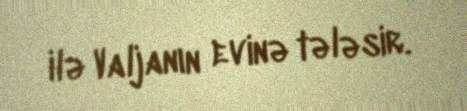
ilə Valjanın evinə tələsir.